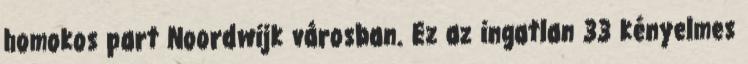
homokos part Noordwijk városban. Ez az ingatlan 33 kényelmes